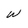
Character: W